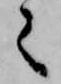
之